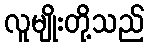
လူမျိုးတို့သည်